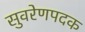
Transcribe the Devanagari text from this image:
सुवरेणपदक